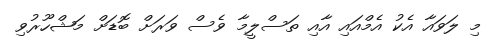
މި ލަވައާ އެކު އެމްއައި އާއި ތަސްލީމާ ވެސް ވަރަށް ބޮޑަށް މަޝްހޫރުވި